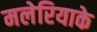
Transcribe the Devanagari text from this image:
मलेरियाके